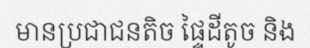
មានប្រជាជនតិច ផ្ទៃដីតូច និង